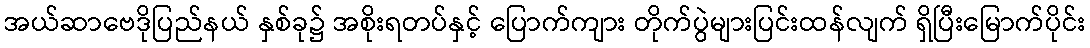
အယ်ဆာဗေဒိုပြည်နယ် နှစ်ခု၌ အစိုးရတပ်နှင့် ပြောက်ကျား တိုက်ပွဲများပြင်းထန်လျက် ရှိပြီးမြောက်ပိုင်း